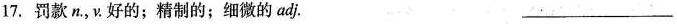
17. 罚款 n. ，ν. 好的；精制的；细微的adj. ___